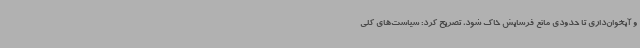
و آبخوان‌داری تا حدودی مانع فرسایش خاک شود، تصریح کرد: سیاست‌های کلی